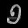
Digit: ၅